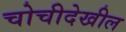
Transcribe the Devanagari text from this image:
चोचीदेखील